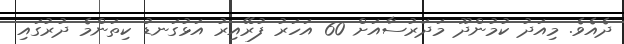
ދެއެވެ. މިއަދު ކުމުންދޫ މަދަރުސާއަށް 60 އަހަރު ފުރޭއިރު އަޅުގަނޑު ކިތަންމެ ދުރުގައި